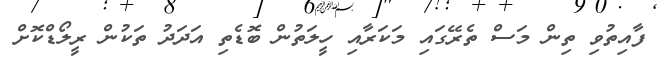
ފާއިތުވި ތިން މަސް ތެރޭގައި މަކަރާއި ހީލަތުން ބޮޑެތި އަދަދު ތަކުން ރީލޯޑްކޮށް